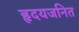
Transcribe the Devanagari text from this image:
हृदयजनित